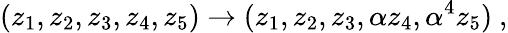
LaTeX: (z_{1},z_{2},z_{3},z_{4},z_{5})\rightarrow(z_{1},z_{2},z_{3},\alpha z_{4},\alpha^{4}z_{5})~,